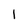
Character: 1